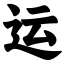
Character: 运